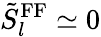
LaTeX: \tilde{S}_{l}^{\mathrm{FF}}\simeq 0